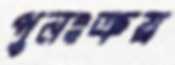
পুনঃক্রয়